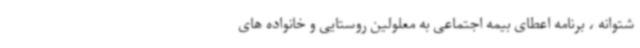
شتوانه ، برنامه اعطای بیمه اجتماعی به معلولین روستایی و خانواده های